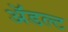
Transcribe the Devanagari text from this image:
ॲडल्ट